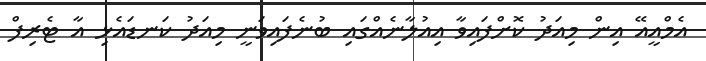
އެމްއީއޭ އިން މިއަދު ކޮށްފައިވާ އިއުލާނެއްގައި ބުނެފައިވަނީ މިއަދު ކަނޑައެޅި އާ ޓެރިފް